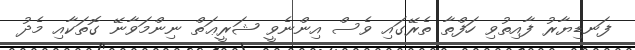
ފަނޑިޔާރު ފާއިތުވި ހަފްތާ ތެރޭގައި ވެސް އިންނެވީ ޝަރީޢަތް ނިންމަވާނޭ ގޮތަކާއި މެދު